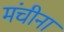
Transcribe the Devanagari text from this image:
मंचीना